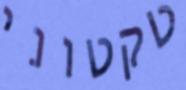
טקטוני